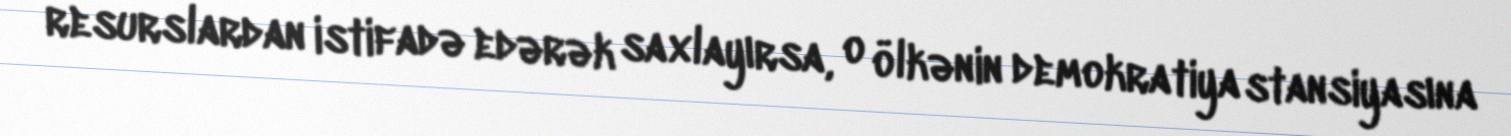
resurslardan istifadə edərək saxlayırsa, o ölkənin demokratiya stansiyasına